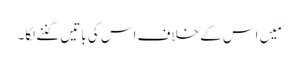
مَیں اس کے خلاف اس کی باتیں گننے لگا۔